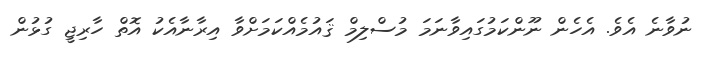
ނުވާނެ އެވެ. އެހެން ނޫންކަމުގައިވާނަމަ މުސްލިމް ޤައުމެއްކަމަށްވާ އިރާނާއެކު އޮތް ހާރިޖީ ގުޅުން